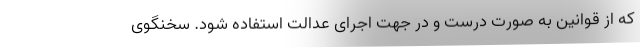
که از قوانین به صورت درست و در جهت اجرای عدالت استفاده شود. سخنگوی